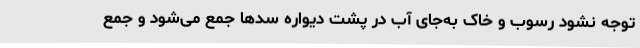
توجه نشود رسوب و خاک به‌جای آب در پشت دیواره سدها جمع می‌شود و جمع